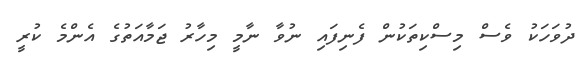
ދުވަހަކު ވެސް މިސްކިތަކުން ފެނިފައި ނުވާ ނާމީ މިހާރު ޖަމާއަތުގެ އެންމެ ކުރީ